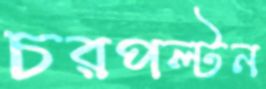
চরপল্টন